Annual report on the lock hospitals of the Madras Presidency
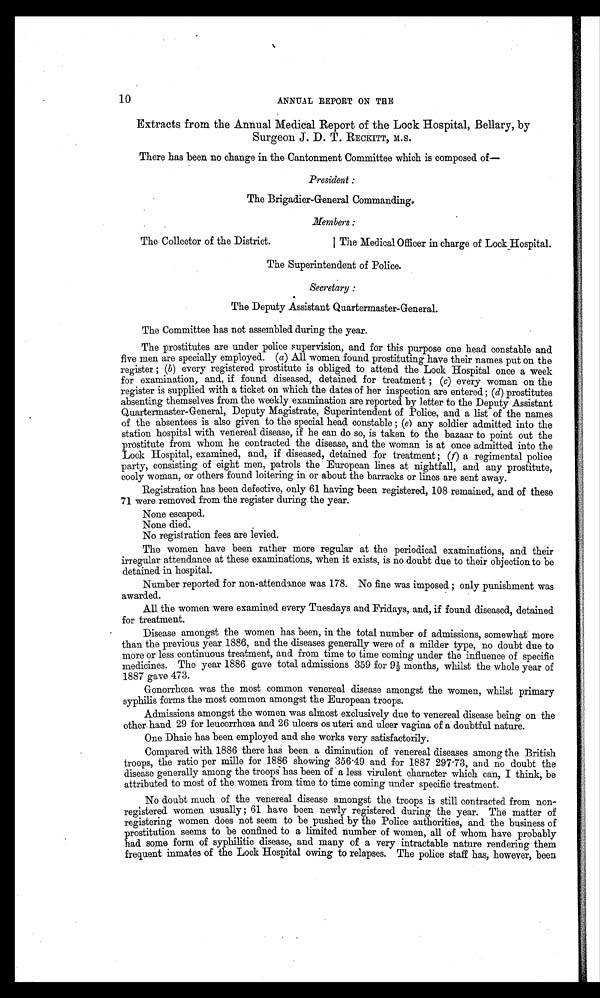
10
ANNUAL REPORT ON THE
Extracts from the Annual Medical Report of the Lock Hospital, Bellary, by
Surgeon J. D. T. RECKITT, M.S.
There has been no change in the Cantonment Committee which is composed of
—
President:
The Brigadier-General Commanding.
Members :
The Collector of the District.
The Medical Officer in charge of Lock Hospital.
The Superintendent of Police.
Secretary :
The Deputy Assistant Quartermaster-General.
The Committee has not assembled during the year.
The prostitutes are under police supervision, and for this purpose one head constable and
five men are specially employed. (a) All women found prostituting have their names put on the
register ; (b) every registered prostitute is obliged to attend the Lock Hospital once a week
for examination, and, if found diseased, detained for treatment ; (c) every woman on the
register is supplied with a ticket on which the dates of her inspection are entered ; (d) prostitutes
absenting themselves from the weekly examination are reported by letter to the Deputy Assistant
Quartermaster-General, Deputy Magistrate, Superintendent of Police, and a list of the names
of the absentees is also given to the special head constable; ( e) any soldier admitted into the
station hospital with venereal disease, if he can do so, is taken to the bazaar to point out the
prostitute from whom he contracted the disease, and the woman is at once admitted into the
Lock Hospital, examined, and, if diseased, detained for treatment ; (f) a regimental police
party, consisting of eight men, patrols the European lines at nightfall, and any prostitute,
cooly woman, or others found loitering in or about the barracks or lines are sent away.
Registration has been defective, only 61 having been registered, 108 remained, and of these
71 were removed from the register during the year.
None escaped.
None died.
No registration fees are levied.
The women have been rather more regular at the periodical examinations, and their
irregular attendance at these examinations, when it exists, is no doubt due to their objection to be
detained in hospital.
Number reported for non-attendance was 178. No fine was imposed ; only punishment was
awarded.
All the women were examined every Tuesdays and Fridays, and, if found diseased, detained
for treatment.
Disease amongst the women has been, in the total number of admissions, somewhat more
than the previous year 1886, and the diseases generally were of a milder type, no doubt due to
more or less continuous treatment, and from time to time coming under the influence of specific
medicines. The year 1886 gave total admissions 359 for 9½ months, whilst the whole year of
1887 gave 473.
Gonorrhœa was the most common venereal disease amongst the women, whilst primary
syphilis forms the most common amongst the European troops.
Admissions amongst the women was almost exclusively due to venereal disease being on the
other hand 29 for leucorrhœa and 26 ulcers os uteri and ulcer vagina of a doubtful nature.
One Dhaie has been employed and she works very satisfactorily.
Compared with 1886 there has been a diminution of venereal diseases among the British
troops, the ratio per mille for 1886 showing 356 . 49 and for 1887 297.73, and no doubt the
disease generally among the troops has been of a less virulent character which can, I think, be
attributed to most of the women from time to time coming under specific treatment.
No doubt much of the venereal disease amongst the troops is still contracted from non-
registered women usually; 61 have been newly registered during the year. The matter of
registering women does not seem to be pushed by the Police authorities, and the business of
prostitution seems to be confined to a limited number of women, all of whom have probably
had some form of syphilitic disease, and many of a very intractable nature rendering them
frequent inmates of the Lock Hospital owing to relapses. The police staff has, however, been